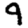
Digit: 9